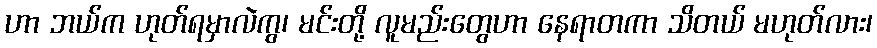
ဟာ ဘယ်က ဟုတ်ရမှာလဲကွ၊ မင်းတို့ လူမည်းတွေဟာ နေရာတကာ သိတယ် မဟုတ်လား၊